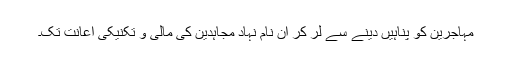
مہاجرین کو پناہیں دینے سے لر کر ان نام نہاد مجاہدین کی مالی و تکنیکی اعانت تک۔